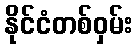
နိုင်ငံတစ်ဝှမ်း